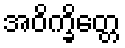
အဝိက္ခိတ္တေ